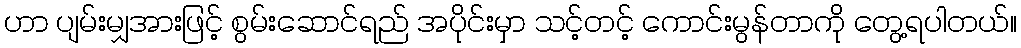
ဟာ ပျမ်းမျှအားဖြင့် စွမ်းဆောင်ရည် အပိုင်းမှာ သင့်တင့် ကောင်းမွန်တာကို တွေ့ရပါတယ်။